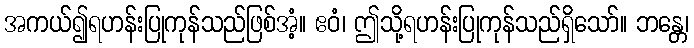
အကယ်၍ရဟန်းပြုကုန်သည်ဖြစ်အံ့။ ဧဝံ၊ ဤသို့ရဟန်းပြုကုန်သည်ရှိသော်။ ဘန္တေ၊